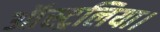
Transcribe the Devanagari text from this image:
ऑस्ट्रलिया।